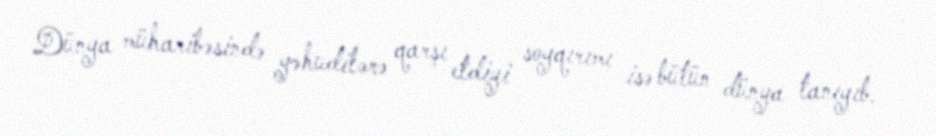
Dünya müharibəsində yəhudilərə qarşı etdiyi soyqırımı isə bütün dünya tanıyıb.